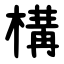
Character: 構